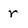
Character: r